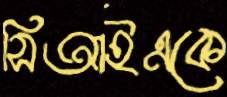
সিআইএকে